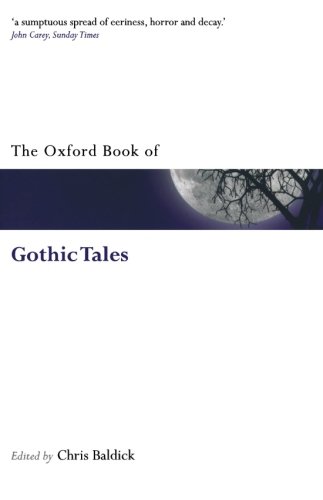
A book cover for The Oxford Book of Gothic Tales (Oxford Books of Prose & Verse); Chris Baldick; Literature & Fiction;